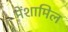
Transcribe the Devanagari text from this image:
मेंशामिल